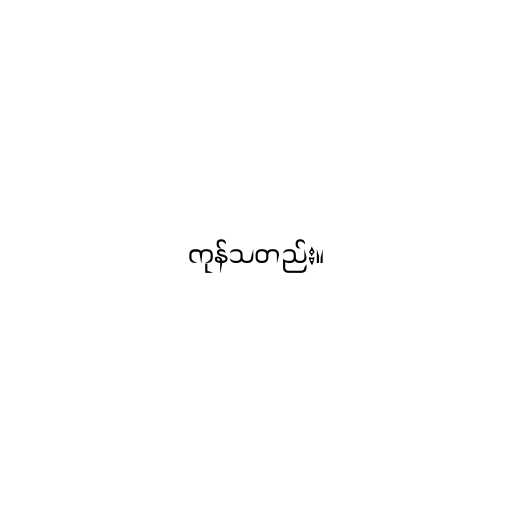
ကုန်သတည်း။